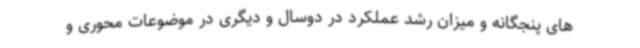
های پنجگانه و میزان رشد عملکرد در دوسال و دیگری در موضوعات محوری و